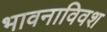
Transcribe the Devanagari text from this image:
भावनाविवश